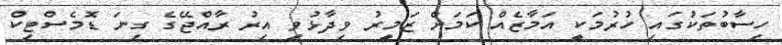
ހިސާބުތަކުގައި ހުރުމަކީ އަމާޒެއް ކަމަށް ޒަމީރު ވިދާޅުވި އިރު ރާއްޖޭގެ ގިނަ ޑޮމެސްޓިކް